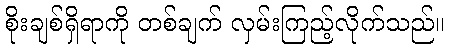
စိုးချစ်ရှိရာကို တစ်ချက် လှမ်းကြည့်လိုက်သည်။